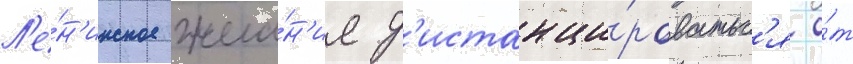
Л'е́н'инское жела́н'ие д'истанци́роватьс'я о́т